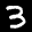
Label: 3